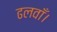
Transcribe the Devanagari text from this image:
ढलवाँ।